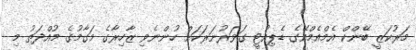
މަރުކަޒީ ބޭންކް އެމްއެމްއޭގެ ޑެޕިއުޓީ ގަވަރުނަރަކަށް ހުންނެވި ޒާހިރާގެ މަގާމުގެ މުއްދަތު މި